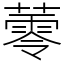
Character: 蕶